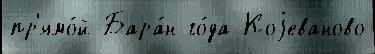
пр'ямо́й Бара́н го́да Коjеваново